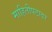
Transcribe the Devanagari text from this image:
माहितीपटावर